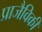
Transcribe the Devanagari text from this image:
प्राजैविकी